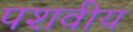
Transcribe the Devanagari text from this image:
पशवीय